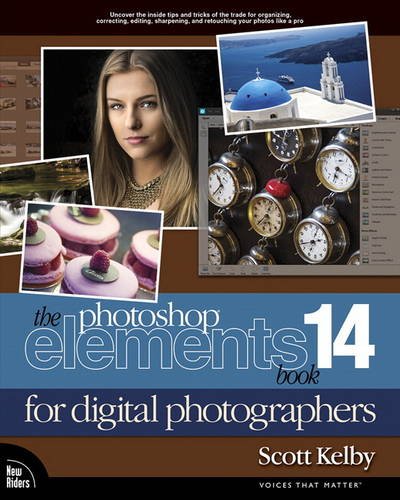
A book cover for The Photoshop Elements 14 Book for Digital Photographers (Voices That Matter); Scott Kelby; Arts & Photography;